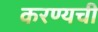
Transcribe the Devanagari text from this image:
करण्यची